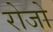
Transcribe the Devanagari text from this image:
रोजो